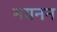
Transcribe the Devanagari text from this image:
नयनन